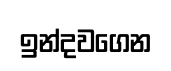
ඉන්දවගෙන